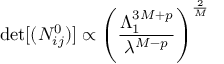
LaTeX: \operatorname * { d e t } [ ( N _ { i j } ^ { 0 } ) ] \propto \left( { \frac { \Lambda _ { 1 } ^ { 3 M + p } } { \lambda ^ { M - p } } } \right) ^ { \frac { 2 } { M } }